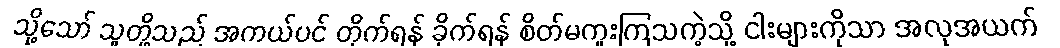
သို့သော် သူတို့သည် အကယ်ပင် တိုက်ရန် ခိုက်ရန် စိတ်မကူးကြသကဲ့သို့ ငါးများကိုသာ အလုအယက်